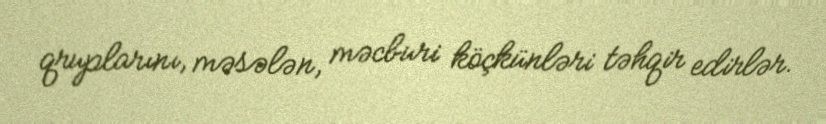
qruplarını, məsələn, məcburi köçkünləri təhqir edirlər.